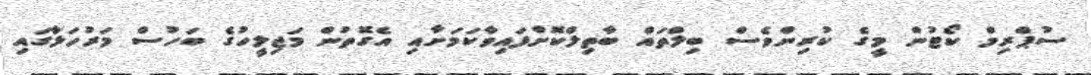
ސުޕްރިމް ކޯޓުން މީގެ ކުރިންވެސް ބިލްތައް ބާތިލްކޮށްފައިވާކަމަށާއި އެގޮތުން މަޖިލީހުގެ ބަހުސް މަރުހަލާގައި